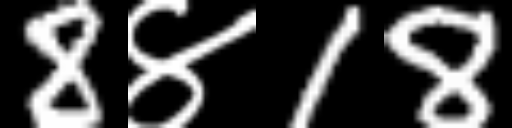
Text: 8४18